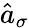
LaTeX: \hat{a}_{\sigma}